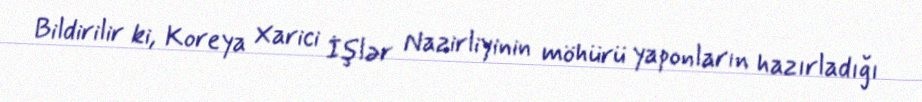
Bildirilir ki, Koreya Xarici İşlər Nazirliyinin möhürü yaponların hazırladığı